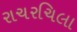
રાચરચિલા